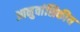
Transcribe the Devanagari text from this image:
आनुवांशिकीय